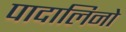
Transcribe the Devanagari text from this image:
पादालिनो